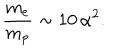
{ \frac { m _ { e } } { m _ { p } } } \sim 1 0 \, \alpha ^ { 2 } .